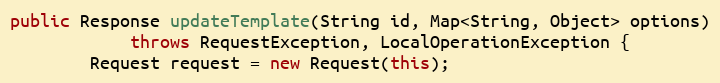
Language: Java
public Response updateTemplate(String id, Map<String, Object> options)
            throws RequestException, LocalOperationException {
        Request request = new Request(this);